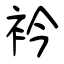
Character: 衿